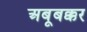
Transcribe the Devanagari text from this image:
अबूबक्कर